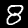
Label: 8